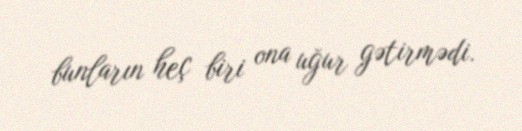
bunların heç biri ona uğur gətirmədi.